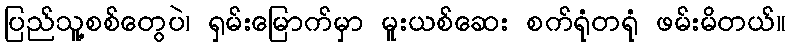
ပြည်သူ့စစ်တွေပဲ၊ ရှမ်းမြောက်မှာ မူးယစ်ဆေး စက်ရုံတရုံ ဖမ်းမိတယ်။